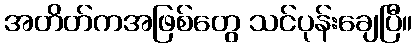
အတိတ်ကအဖြစ်တွေ သင်ပုန်းချေပြီ။